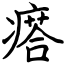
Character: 瘩